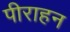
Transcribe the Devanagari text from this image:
पीराहन